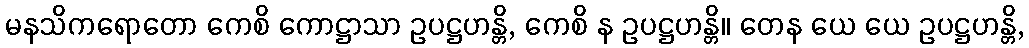
မနသိကရောတော ကေစိ ကောဋ္ဌာသာ ဥပဋ္ဌဟန္တိ, ကေစိ န ဥပဋ္ဌဟန္တိ။ တေန ယေ ယေ ဥပဋ္ဌဟန္တိ,